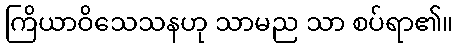
ကြိယာဝိသေသနဟု သာမည သာ စပ်ရာ၏။